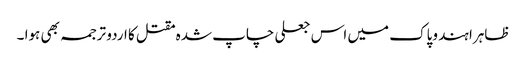
ظاہرا ہند وپاک میں اس جعلی چاپ شدہ مقتل کا اردو ترجمہ بھی ہوا ۔